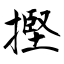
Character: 摼